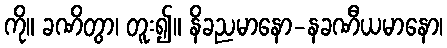
ကို။ ခဏိတွာ၊ တူး၍။ နိခညမာနော-နခဏီယမာနော၊